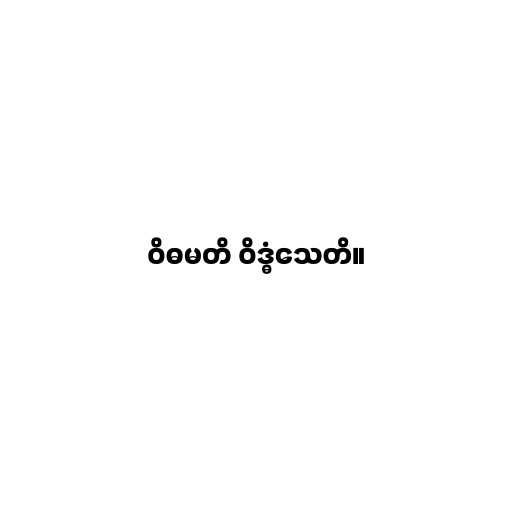
ဝိဓမတိ ဝိဒ္ဓံသေတိ။